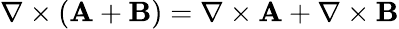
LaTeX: \nabla\times(\mathbf{A}+\mathbf{B})=\nabla\times\mathbf{A}+\nabla\times\mathbf{B}